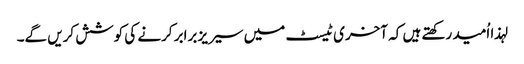
لہذا اُمید رکھتے ہیں کہ آخری ٹیسٹ میں سیریز برابر کرنے کی کوشش کریں گے۔